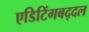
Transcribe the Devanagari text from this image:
एडिटिंगबद्दल